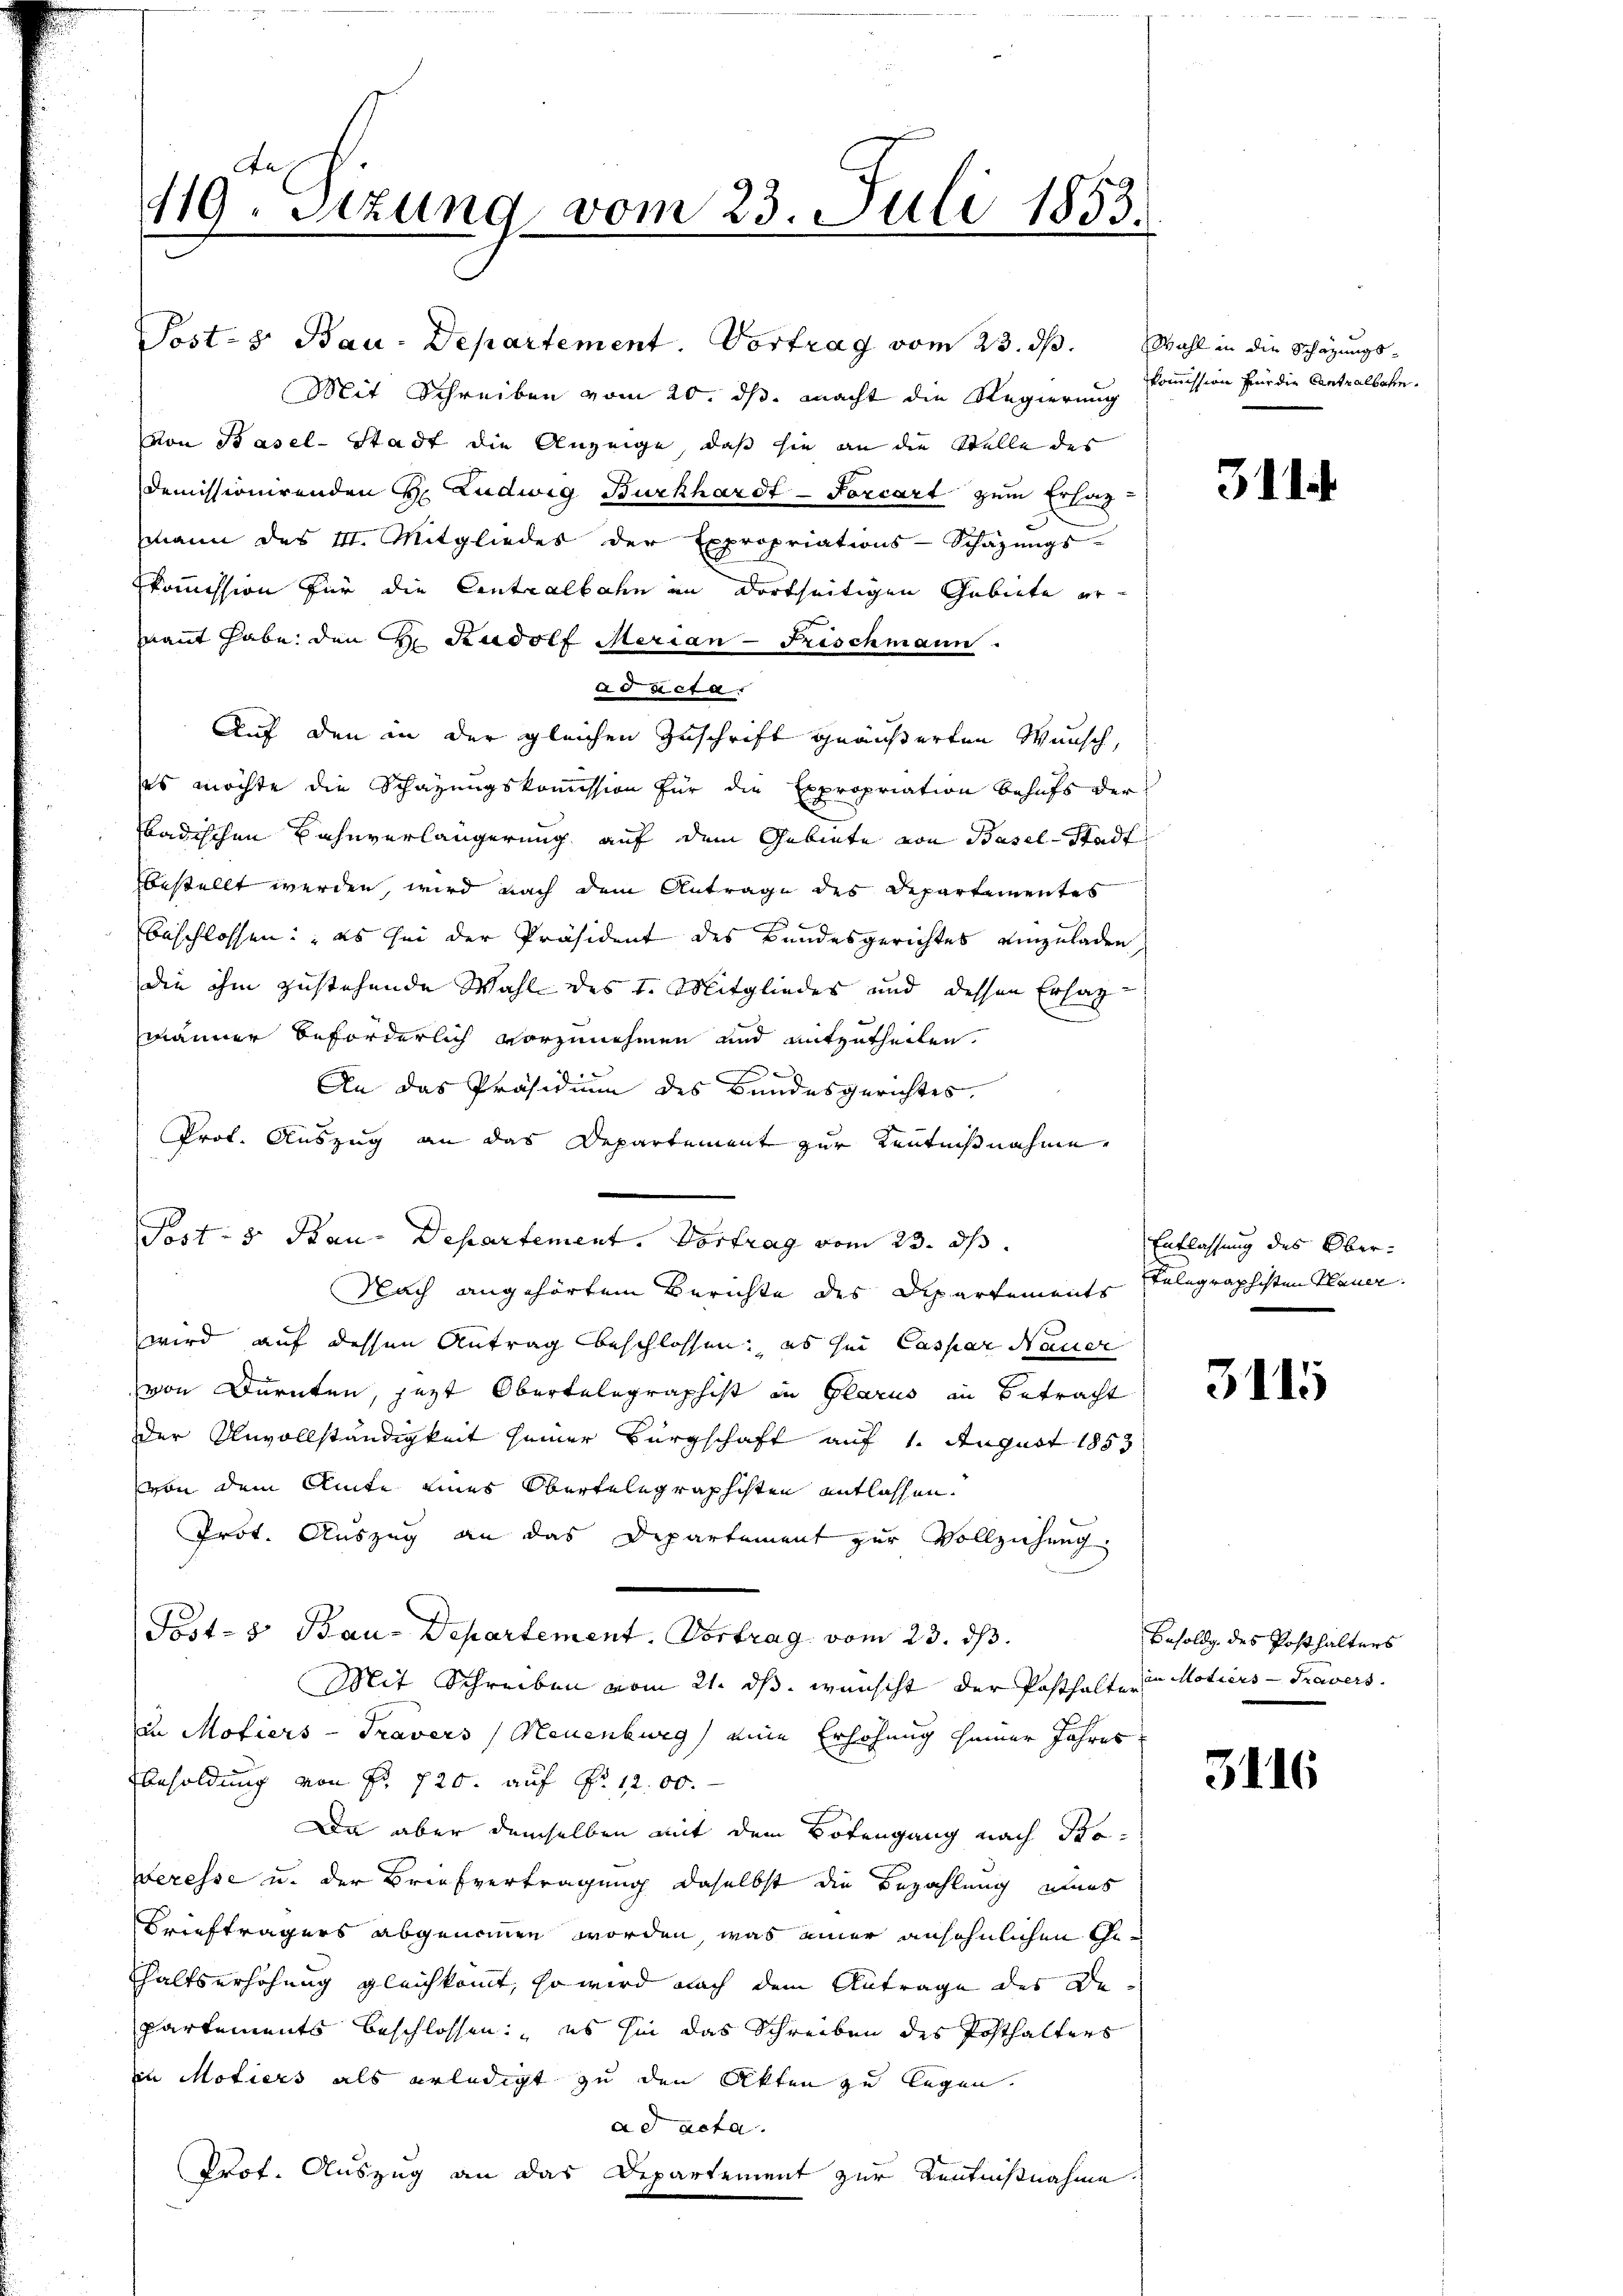
119. Sitzung vom 23. Juli 1853.
.

Post- & Bau-Departement. Vortrag vom 23. ds. Wahl in die Schazungs¬
Mit Schreiben vom 20. ds. macht die Regierung
von Basel-Stadt die Anzeige, daß sie an die Stelle des
Demissionirenden H. Ludwig Burkhardt-Forcart zum Ersag
smann des III. Mitgliedes der Expropriations-Schäzŭngs-
skommission für die Contralbahn im dortseitigen Gebiete ernant habe den H. Rudolf Merian - Frischmann
a Facta
Auf den in der gleichen Zuschrift geäußerten Wunsch,
ses möchte die Schazungskommission für die Expropriation behufs der
badischen Bahnverlängerung auf dem Gebiete von Basel-Stadt
bestellt werden, wird nach dem Antrage des Departementes
beschlossen: „es sei der Präsident des Bundesgerichtes einzuladen
die ihm zustehende Wahl des L. Mitgliedes und dessen Erhalm
männer beförderlich vorzunehmen und mitzutheilen.
An das Präsidium des Bundesgerichtes.
Prof. Auszug an das Departement zur Kenntnißnahme,
Post- & Bau-Departement. Vortrag vom 23. ds.
Nach angehörtem Berichte des Departements telegraphisten Plauer.
wird auf dessen Antrag beschlossen, es sei Caspar Nauer
von Dürnten, jezt Obertelegraphist in Glarus in Betracht
der Unvollständigkeit seiner Bürgschaft auf 1. August 1853
von dem Amte eines Obertelegraphisten entlassen.
Prot. Auszug an das Departement zur Vollziehung
Post- & Bau-Departement, Vortrag vom 23. ds.
Mit Schreiben vom 21. ds. wünscht der Posthalten Modiers - Travers
in Motiers-Travers (Neuenburg) eine Erhöhung seiner Jahres
Besoldung von Fr. 720. auf Fr. 1200.
Da aber demselben mit dem Botengang nach Soveresse u. der Braufvertragung daselbst die Bezahlung eines
Briefträgers abgenommen worden, was einer ansöhnlichen Gehaltserhöhung gleichkommt, so wird nach dem Antrage des Departements beschlossen: es sie das Schreiben des Posthalters
in Motiers als erledigt zu den Akten zu legen.
ad acta.
Prof. Auszug an das Departement zur Kenntnißnahme.

Kommission für die Centralbahn.

3.11.

Entlassung des Ober¬

3115

Besoldg des Posthalters

311